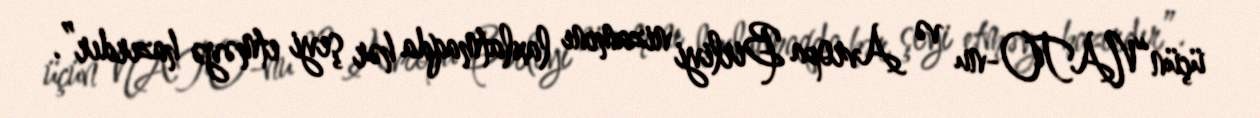
üçün“NATO-nu və Avropa Birliyi nizamını laxlatmaqda hər şeyi etməyə hazırdır”.